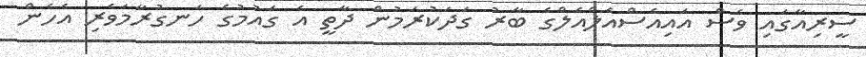
ސީރިއާގައި ވެސް އައިއެސްއެލްއެލްގެ ބާރު ގަދަކުރަމުން ދާތީ އެ ގައުމުގެ ހަނގުރާމަވެރި އެހެން